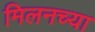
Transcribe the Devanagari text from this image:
मिलनच्या